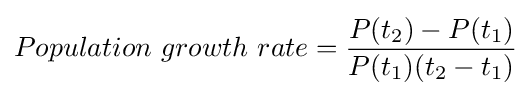
Population\ growth\ rate={\frac {P(t_{2})-P(t_{1})}{P(t_{1})(t_{2}-t_{1})}}